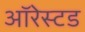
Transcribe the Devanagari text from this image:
ऑरेस्टड